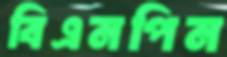
বিএনপিন